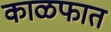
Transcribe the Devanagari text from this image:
काळफात